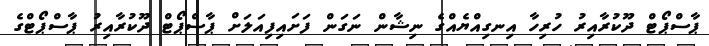
ޕާސްޕޯޓް ދޫކުރާއިރު ހުރިހާ އިނގިއްޔެއްގެ ނިޝާން ނަގަން ފަށައިފިއަލަށް ޕާސްޕޯޓް ދޫކުރާއިރު ޕާސްޕޯޓްގެ